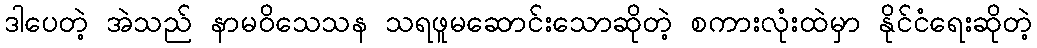
ဒါပေတဲ့ အဲသည် နာမဝိသေသန သရဖူမဆောင်းသောဆိုတဲ့ စကားလုံးထဲမှာ နိုင်ငံရေးဆိုတဲ့